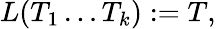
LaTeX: L(T_{1}\dots T_{k}):=T,